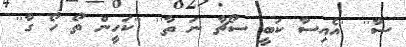
ސާ'' ''އެއިސާ ކަބީ ސޯޗާ ނަ ތާ'' ''ކަހީން ތޯ ހޯ ގާ''